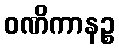
ဝဏိကာနဉ္စ